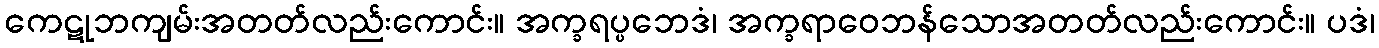
ကေဋုဘကျမ်းအတတ်လည်းကောင်း။ အက္ခရပ္ပဘေဒံ၊ အက္ခရာဝေဘန်သောအတတ်လည်းကောင်း။ ပဒံ၊